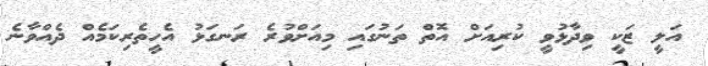
އަލީ ޒަކީ ވިދާޅުވީ ކުރިއަށް އޮތް ތަނުގައި މިއަށްވުރެ ރަނގަޅު އެހީތެރިކަމެއް ދެއްވާނެ